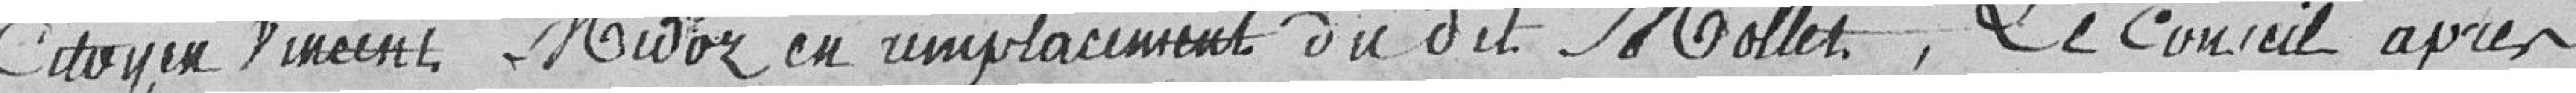
Citoyen Vincent Midoz en remplacement du dit Mollet. Le Conseil après